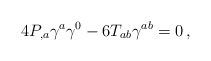
\begin{align*}4 P_{,a}\gamma^a\gamma^0-6T_{ab} \gamma^{ab}=0\, ,\end{align*}